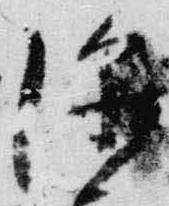
深